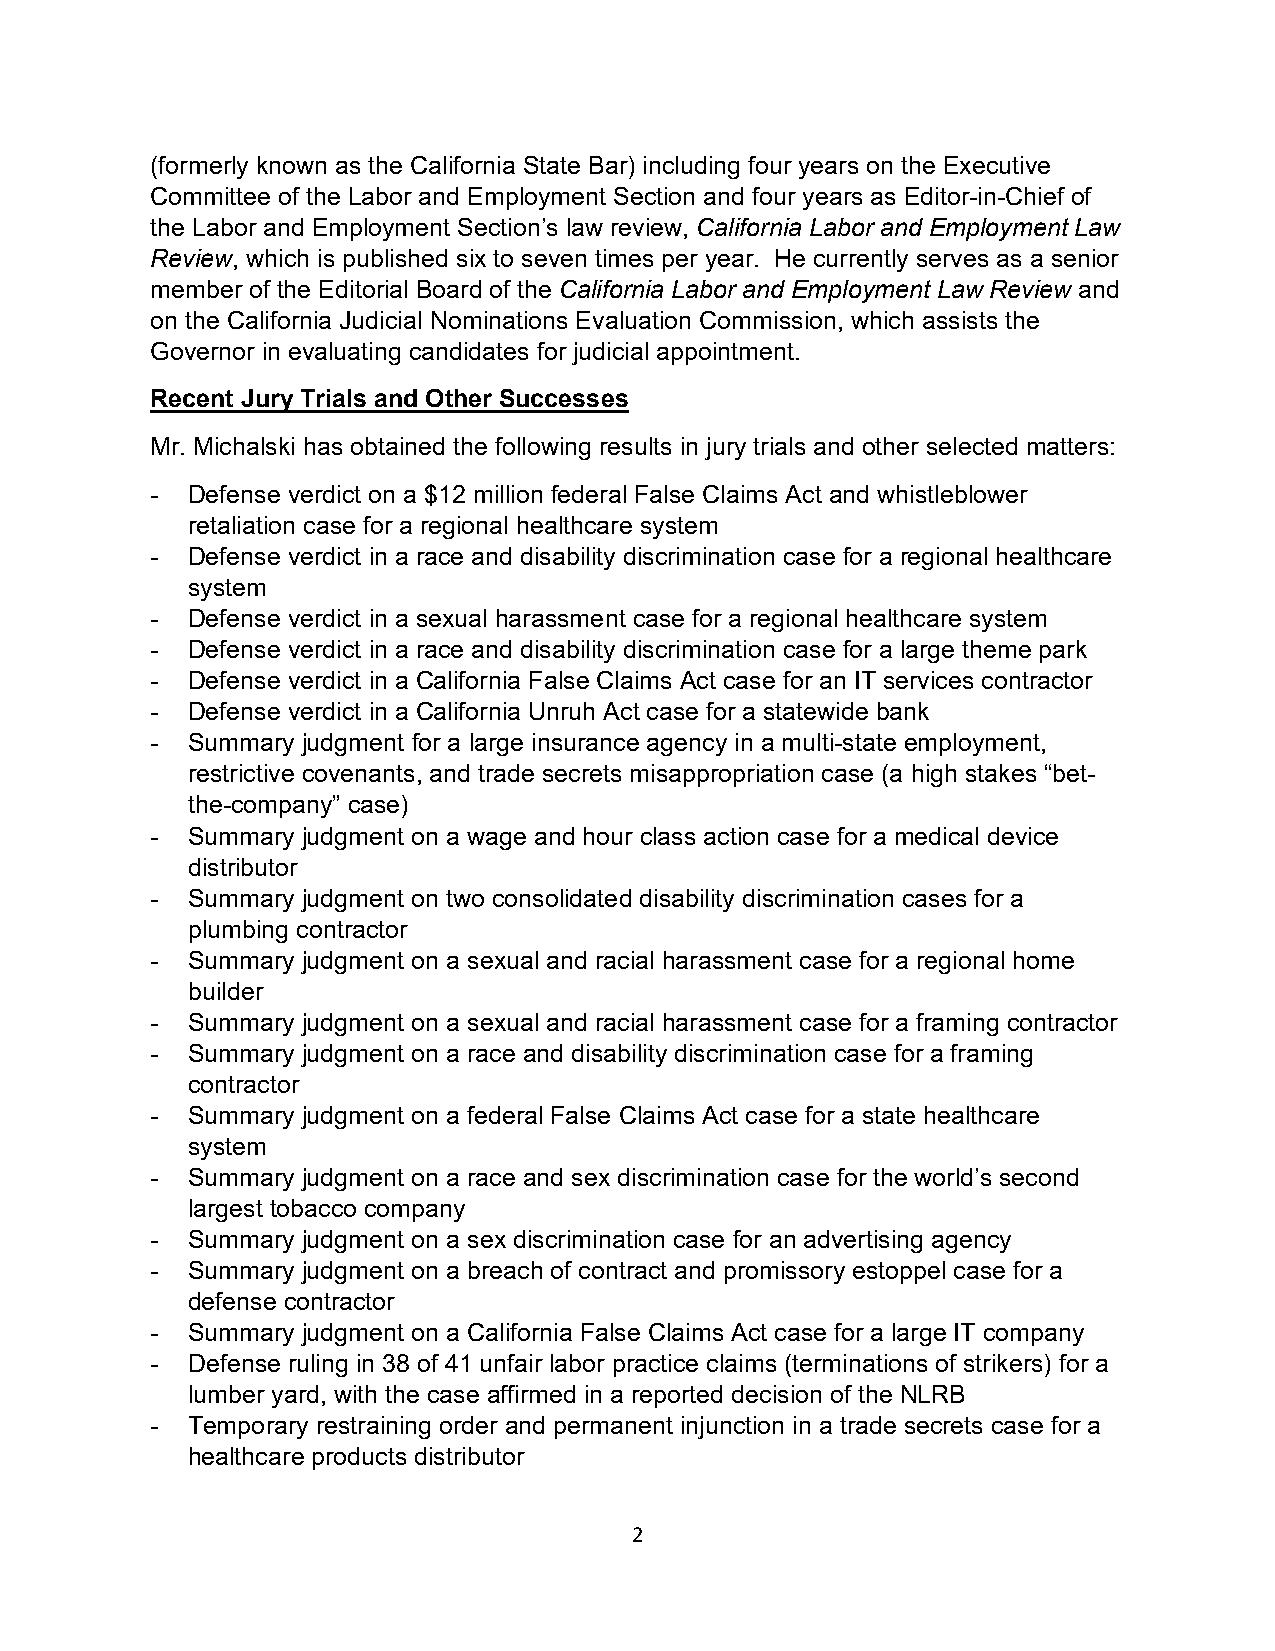
(formerly known as the California State Bar) including four years on the Executive
 Committee of the Labor and Employment Section and four years as Editor-in-Chief of
 the Labor and Employment Section’s law review, California Labor and Employment Law
 Review, which is published six to seven times per year. He currently serves as a senior
 member of the Editorial Board of the California Labor and Employment Law Review and
 on the California Judicial Nominations Evaluation Commission, which assists the
 Governor in evaluating candidates for judicial appointment.
 Recent Jury Trials and Other Successes
 Mr. Michalski has obtained the following results in jury trials and other selected matters:
 - Defense verdict on a $12 million federal False Claims Act and whistleblower
 retaliation case for a regional healthcare system
 - Defense verdict in a race and disability discrimination case for a regional healthcare
 system
 - Defense verdict in a sexual harassment case for a regional healthcare system
 - Defense verdict in a race and disability discrimination case for a large theme park
 - Defense verdict in a California False Claims Act case for an IT services contractor
 - Defense verdict in a California Unruh Act case for a statewide bank
 - Summary judgment for a large insurance agency in a multi-state employment,
 restrictive covenants, and trade secrets misappropriation case (a high stakes “bet-
 the-company” case)
 - Summary judgment on a wage and hour class action case for a medical device
 distributor
 - Summary judgment on two consolidated disability discrimination cases for a
 plumbing contractor
 - Summary judgment on a sexual and racial harassment case for a regional home
 builder
 - Summary judgment on a sexual and racial harassment case for a framing contractor
 - Summary judgment on a race and disability discrimination case for a framing
 contractor
 - Summary judgment on a federal False Claims Act case for a state healthcare
 system
 - Summary judgment on a race and sex discrimination case for the world’s second
 largest tobacco company
 - Summary judgment on a sex discrimination case for an advertising agency
 - Summary judgment on a breach of contract and promissory estoppel case for a
 defense contractor
 - Summary judgment on a California False Claims Act case for a large IT company
 - Defense ruling in 38 of 41 unfair labor practice claims (terminations of strikers) for a
 lumber yard, with the case affirmed in a reported decision of the NLRB
 - Temporary restraining order and permanent injunction in a trade secrets case for a
 healthcare products distributor
 2